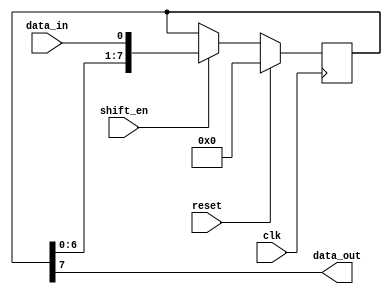
module PISO_shift_register (
    input wire clk,      // Clock signal
    input wire data_in,  // Data input for parallel loading
    input wire shift_en, // Enable signal for shifting operation
    input wire reset,    // Reset signal to reset the register
    output reg data_out  // Data output for serial output
);

reg [7:0] register;      // 8-bit shift register

always @(posedge clk) begin
    if (reset) begin
        register <= 8'b0; // Reset the register to initial state
    end else begin
        if (shift_en) begin
            register <= {register[6:0], data_in}; // Shift data in parallel
        end
    end
end

assign data_out = register[7]; // Serial output

endmodule